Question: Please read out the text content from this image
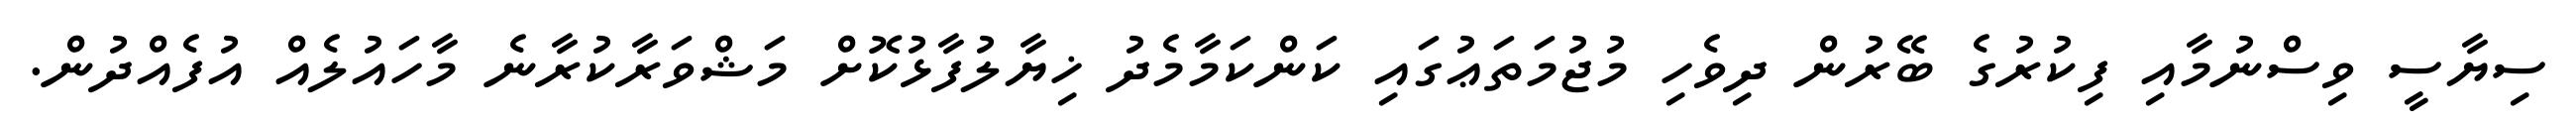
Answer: ސިޔާސީ ވިސްނުމާއި ފިކުރުގެ ބޭރުން ދިވެހި މުޖުމަތަޢުގައި ކަންކަމާމެދު ޚިޔާލުފާޅުކޮށް މަޝްވަރާކުރާނެ މާހައުލެއް އުފެއްދުން.